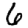
Digit: 6